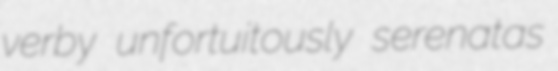
verby unfortuitously serenatas